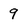
Character: 9